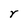
Character: r